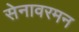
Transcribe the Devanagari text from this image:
सेनावरमन